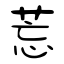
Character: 莣